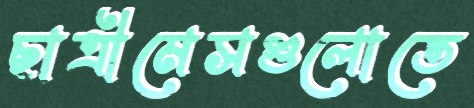
ছাত্রীমেসগুলোতে